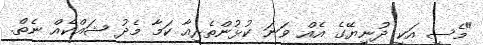
"މެސީ އަކީ ދުނިޔޭގެ އެއް ވަނަ ކުޅުންތެރިއާ ކަމާ މެދު ޝައްކެއް ނެތް.